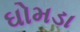
ઘોમડા